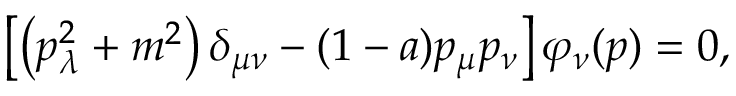
\left[ \left( p _ { \lambda } ^ { 2 } + m ^ { 2 } \right) \delta _ { \mu \nu } - ( 1 - a ) p _ { \mu } p _ { \nu } \right] \varphi _ { \nu } ( p ) = 0 ,